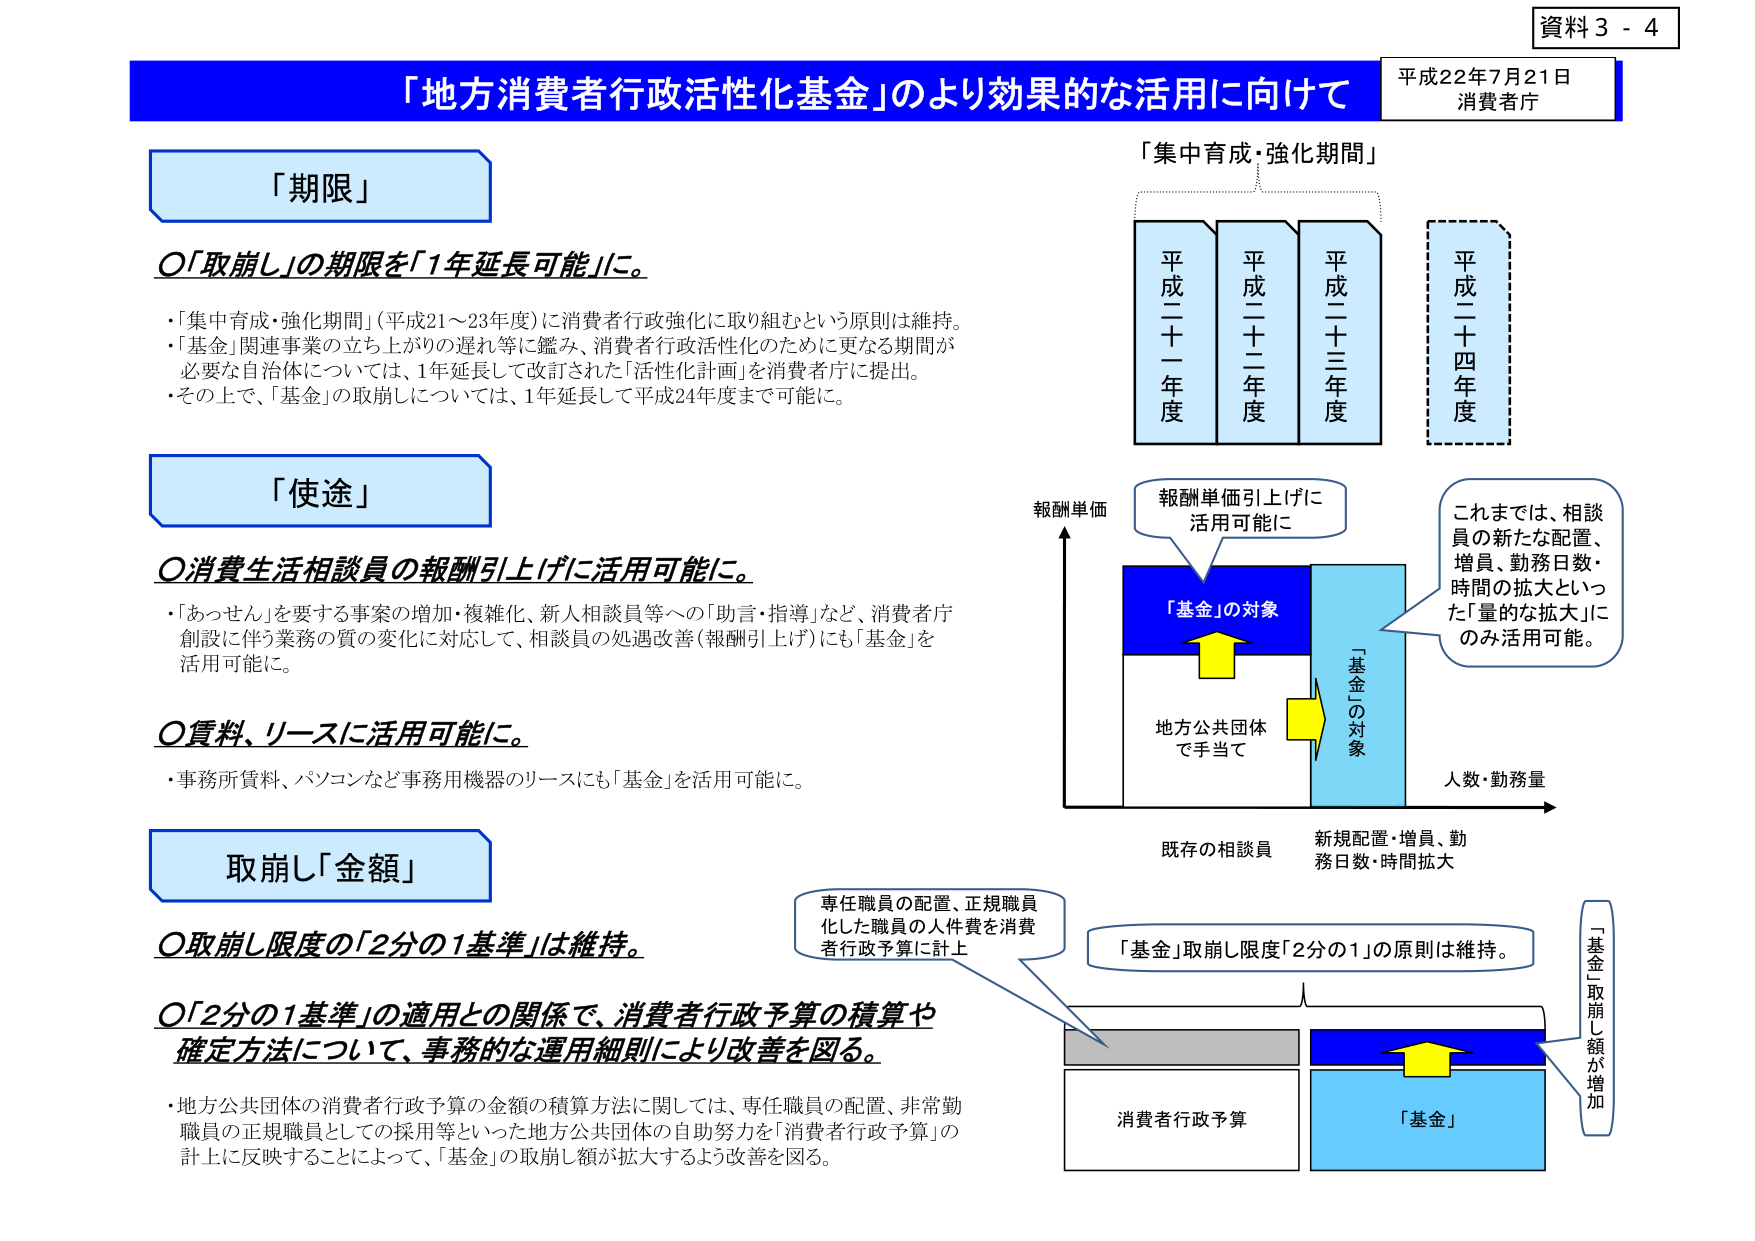
資料３－４
平成22年7月21日
消費者庁

「地方消費者行政活性化基金」のより効果的な活用に向けて

「期限」
〇「取崩し」の期限を「1年延長可能」に。
・「集中育成・強化期間」（平成21～23年度）に消費者行政強化に取り組むという原則は維持。
・「基金」関連事業の立ち上がりの遅れ等に鑑み、消費者行政活性化のために更なる期間が必要な自治体については、1年延長して改訂された「活性化計画」を消費者庁に提出。
・その上で、「基金」の取崩しについては、1年延長して平成24年度まで可能に。

「使途」
〇消費生活相談員の報酬引上げに活用可能に。
・「あっせん」を要する事案の増加・複雑化、新人相談員等への「助言・指導」など、消費者庁創設に伴う業務の質の変化に対応して、相談員の処遇改善（報酬引上げ）にも「基金」を活用可能に。

〇賃料、リースに活用可能に。
・事務所賃料、パソコンなど事務用機器のリースにも「基金」を活用可能に。

取崩し「金額」
〇取崩し限度の「2分の1基準」は維持。
〇「2分の1基準」の適用との関係で、消費者行政予算の積算や確定方法について、事務的な運用細則により改善を図る。
・地方公共団体の消費者行政予算の金額の積算方法に関しては、専任職員の配置、非常勤職員の正規職員としての採用等といった地方公共団体の自助努力を「消費者行政予算」の計上に反映することによって、「基金」の取崩し額が拡大するよう改善を図る。

「集中育成・強化期間」
平成二十一年度
平成二十二年度
平成二十三年度
平成二十四年度

報酬単価
報酬単価引上げに活用可能に
「基金」の対象
地方公共団体で手当て
既存の相談員
新規配置・増員、勤務日数・時間拡大
人数・勤務量
これまで、相談員の新たな配置、増員、勤務日数・時間の拡大といった「量的な拡大」にのみ活用可能。

専任職員の配置、正規職員化した職員の人件費を消費者行政予算に計上
「基金」取崩し限度「2分の1」の原則は維持。
消費者行政予算
「基金」
「基金」取崩し額が増加